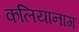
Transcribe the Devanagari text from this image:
कलियानाग